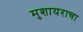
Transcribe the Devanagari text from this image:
मुशायराचा